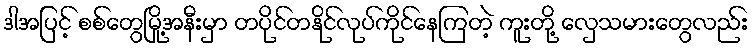
ဒါအပြင့် စစ်တွေမြို့အနီးမှာ တပိုင်တနိုင်လုပ်ကိုင်နေကြတဲ့ ကူးတို့ လှေသမားတွေလည်း